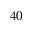
4 0